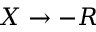
X \rightarrow - R